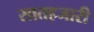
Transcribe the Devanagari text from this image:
सातहजारी